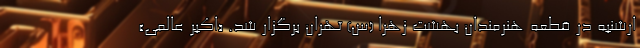
ارشنبه در قطعه هنرمندان بهشت زهرا (س) تهران برگزار شد. «اکبر عالمی»